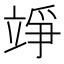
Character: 竫